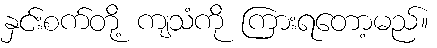
နှင်းစက်တို့ ကျသံကို ကြားရတော့မည်။